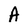
Character: A